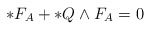
\begin{align*}\ast F_{A}+\ast{Q}\wedge F_{A}=0\end{align*}